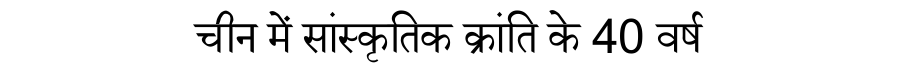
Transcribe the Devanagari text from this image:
चीन में सांस्कृतिक क्रांति के 40 वर्ष